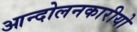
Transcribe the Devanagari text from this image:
आन्दोलनकारीयो